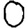
Digit: 0